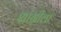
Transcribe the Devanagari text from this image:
शांग्रीला